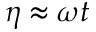
\eta \approx \omega t